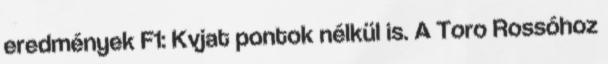
eredmények F1: Kvjat pontok nélkül is. A Toro Rossóhoz